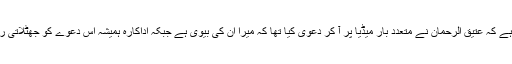
خیال رہے کہ عتیق الرحمان نے متعدد بار میڈیا پر آ کر دعویٰ کیا تھا کہ میرا ان کی بیوی ہے جبکہ اداکارہ ہمیشہ اس دعوے کو جھٹلاتی رہی ہیں۔